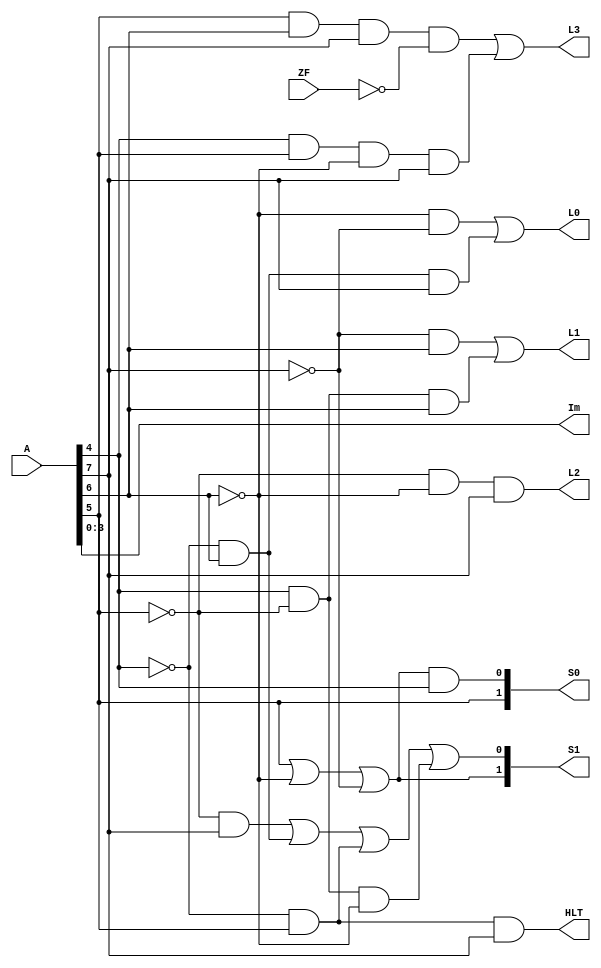
module DECODER(
    input [7:0] A,
    input ZF,
    output [3:0] Im,
    output [1:0] S0,
    output [1:0] S1,
    output L0,
    output L1,
    output L2,
    output L3,
    output HLT
);

    assign Im = A[3:0];
    assign S0[0] = ( A[5] | (~A[6]) | (~A[7]) ) & A[4];
    assign S0[1] = A[5];
    assign S1[0] = ( (~A[5])&A[7] ) | ( (~A[4])&A[6] ) | ( (~A[4])&A[5] ) | ( A[4] & (~A[5]) & (~A[6]) );
    assign S1[1] = A[5] | (~A[6]) | (~A[7]);
    assign L0 = ( (~A[6])&(~A[7]) ) | ( (~A[4])&A[6]&A[7] );
    assign L1 = ( (~A[7])&A[6] ) | ( A[4] & (~A[5]) & A[6] );
    assign L2 =  (~A[5]) & (~A[6]) & A[7];
    assign L3 = ( A[5]&A[6]&A[7]&(~ZF) ) | ( A[4]&A[5]&(~A[6])&A[7] );
    assign HLT = (~A[4]) & A[5] & A[7];

endmodule